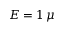
E = 1 \, \mu